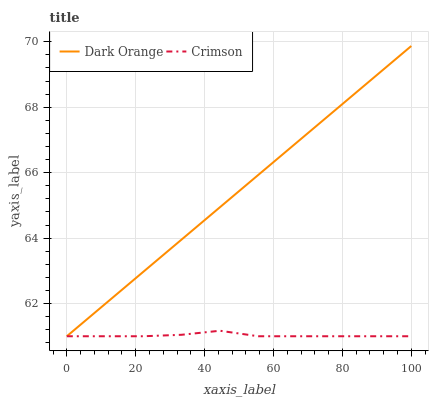
| xaxis_label | Dark Orange | Crimson |
 | --- | --- | --- |
 | 0 | 61 | 61 |
 | 11.1 | 62 | 61 |
 | 22.2 | 63 | 61 |
 | 33.3 | 64 | 61 |
 | 44.4 | 64.9 | 61.2 |
 | 55.6 | 65.9 | 61 |
 | 66.7 | 66.9 | 61 |
 | 77.8 | 67.9 | 61 |
 | 88.9 | 68.9 | 61 |
 | 100 | 69.9 | 61 |